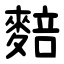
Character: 䴺